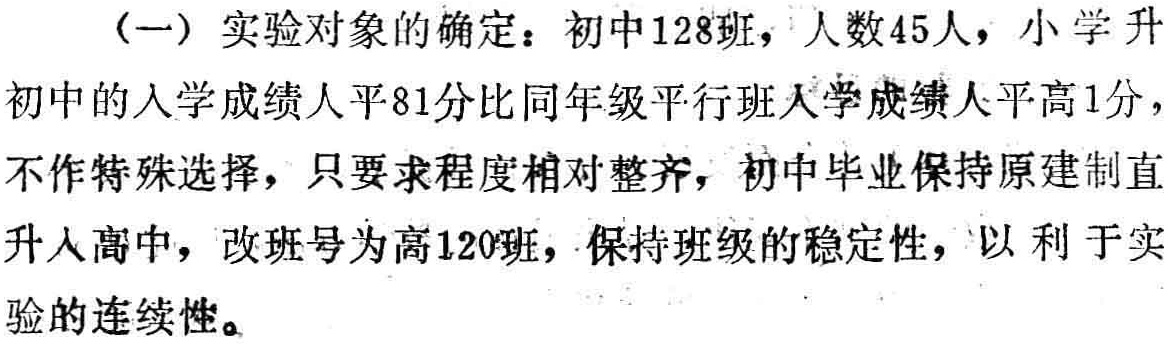
（一）实验对象的确定：初中128班，人数45人，小学升初中的入学成绩人平81分比同年级平行班入学成绩人平高1分，不作特殊选择，只要求程度相对整齐，初中毕业保持原建制直升本高中，改班号为高120班，保持班级的稳定性，以利于实验的连续性。